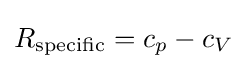
R_{\text{specific}}=c_{p}-c_{V}